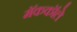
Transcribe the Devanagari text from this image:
मॅककॉले